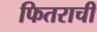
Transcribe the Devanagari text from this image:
फितराची